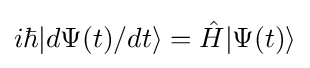
i\hbar |d\Psi (t)/dt\rangle ={\hat {H}}|\Psi (t)\rangle